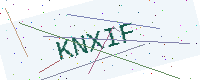
Text: KNXIF